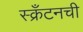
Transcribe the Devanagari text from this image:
स्क्रँटनची